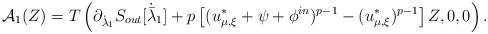
LaTeX: \begin{align*}\mathcal{A}_1(Z) = T\left(\partial_{\dot{\lambda}_1}S_{out}[\dot{\bar{\lambda}}_1] + p\left[(u^*_{\mu,\xi}+\psi+\phi^{in})^{p-1} -(u^*_{\mu,\xi})^{p-1}\right]Z, 0, 0\right).\end{align*}